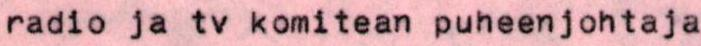
radio ja tv komitean puheenjohtaja